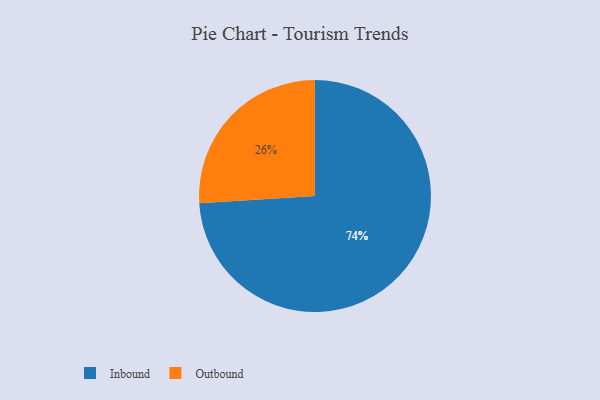
{"axis": {"x": "Category", "y": "Percentage"}, "legend": ["Inbound", "Outbound"], "data": [{"x": "Inbound", "y": 74, "type": "Inbound"}, {"x": "Outbound", "y": 26, "type": "Outbound"}]}